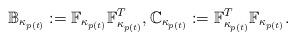
LaTeX: \begin{align*}\mathbb{B}_{\kappa_{p(t)}} := \mathbb{F}_{\kappa_{p(t)}} \mathbb{F}_{\kappa_{p(t)}}^T, \mathbb{C}_{\kappa_{p(t)}} := \mathbb{F}_{\kappa_{p(t)}}^T \mathbb{F}_{\kappa_{p(t)}}.\end{align*}